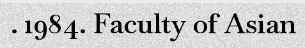
. 1984. Faculty of Asian